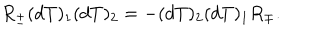
LaTeX: R _ { \pm } ( d T ) _ { 1 } ( d T ) _ { 2 } = - ( d T ) _ { 2 } ( d T ) _ { 1 } R _ { \mp } .